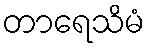
တာရေသိမံ